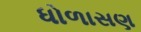
ધોળાસણ